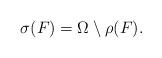
LaTeX: \begin{align*}\sigma(F) = \Omega \setminus \rho(F).\end{align*}